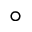
^ \circ